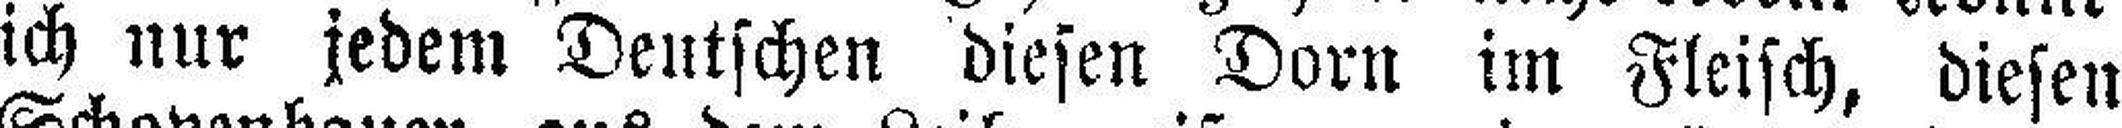
ich nur jedem Deutschen diesen Dorn im Fleisch, diesen